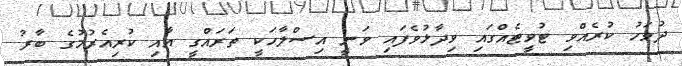
ދުވަހު ކުރެއްވި ޓުވީޓެއްގައި ވިދާޅުވެފައި ވަނީ އިސްލާހަކީ ތަރައްގީ އާއި ކުރިއެރުމުގެ ބާރު